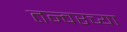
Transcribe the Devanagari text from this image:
तन्वरच्या